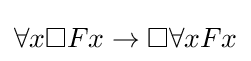
\forall x\Box Fx\rightarrow \Box \forall xFx